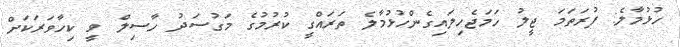
ހުޅުމާލެ: ފުރަތަމަ ޖީލު ހަމަޖެހިލައިގެންހުޅުމާލެ ތަރައްގީ ކުރުމުގެ މަގުސަދު ހާސިލް ވީ ކިހާވަރަކަށް